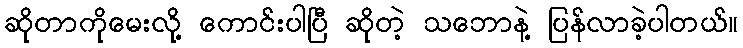
ဆိုတာကိုမေးလို့ ကောင်းပါပြီ ဆိုတဲ့ သဘောနဲ့ ပြန်လာခဲ့ပါတယ်။